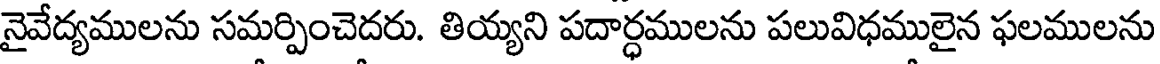
నైవేద్యములను సమర్పించెదరు. తియ్యని పదార్ధములను పలువిధములైన ఫలములను